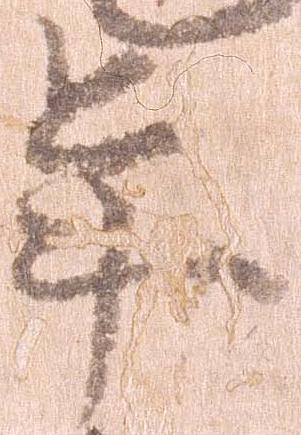
年